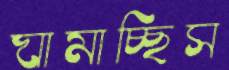
ঘামাচ্ছিস